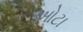
ઓટા